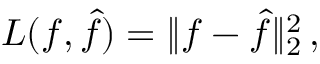
L ( f , { \hat { f } } ) = \| f - { \hat { f } } \| _ { 2 } ^ { 2 } \, ,